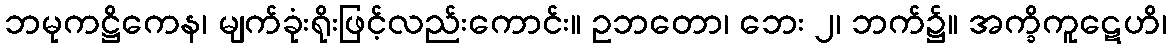
ဘမုကဋ္ဌိကေန၊ မျက်ခုံးရိုးဖြင့်လည်းကောင်း။ ဥဘတော၊ ဘေး ၂၊ ဘက်၌။ အက္ခိကူဋေဟိ၊